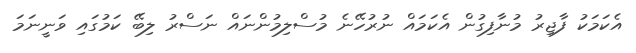
އެކަމަކު ފާޖިރު މުނާފިގުން އެކަމައް ނުރުހޭނެ މުސްލިމުންނައް ނަސްރު ލިބޭ ކަމުގައި ވަނީނަމަ